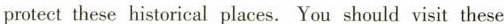
protect these historical places. You should visit these